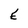
Character: E